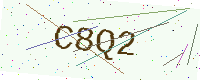
Text: C8Q2